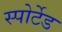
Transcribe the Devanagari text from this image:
स्पोर्टेड